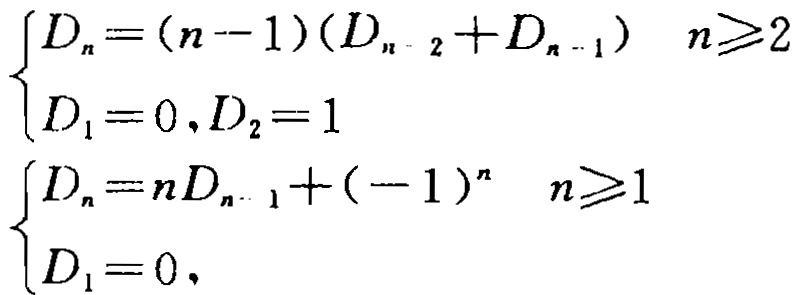
\[
\begin{cases}
D_n=(n - 1)(D_{n - 2}+D_{n - 1}) & n\geqslant2 \\
D_1 = 0,D_2 = 1
\end{cases}
\]
\[
\begin{cases}
D_n=nD_{n - 1}+(-1)^n & n\geqslant1 \\
D_1 = 0
\end{cases}
\]